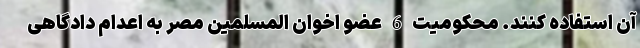
آن استفاده کنند. محکومیت 6 عضو اخوان المسلمین مصر به اعدام دادگاهی